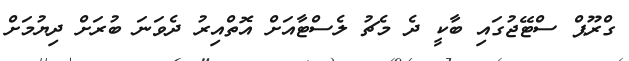
ގްރޫޕް ސްޓޭޖުގައި ބާކީ ދެ މެޗު ލެސްޓާއަށް އޮތްއިރު ދެވަނަ ބުރަށް ދިޔުމަށް